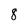
Character: 8